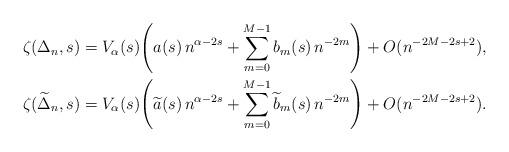
LaTeX: \begin{align*} &\zeta(\Delta_n, s) = V_\alpha(s) \Bigg( a(s) \, n^{\alpha-2s}+\sum_{m=0}^{M-1} b_m(s) \, n^{-2m} \Bigg)+ O(n^{-2M -2s +2}), \\&\zeta(\widetilde{\Delta}_n, s) = V_\alpha(s) \Bigg( \widetilde{a}(s) \, n^{\alpha-2s}+\sum_{m=0}^{M-1} \widetilde{b}_m(s) \, n^{-2m} \Bigg)+ O(n^{-2M -2s +2}).\end{align*}